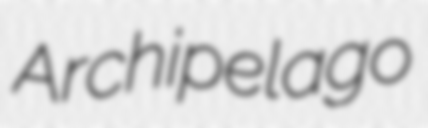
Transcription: Archipelago